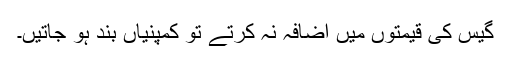
گیس کی قیمتوں میں اضافہ نہ کرتے تو کمپنیاں بند ہو جاتیں۔